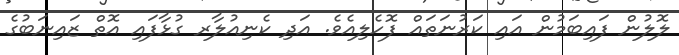
ލޮލުން ފައިބަމުން އައި ކަރުނަތައް ފޮހެލިއެވެ. އަދި ކެނިއުލާރ ގުޅާފައި އޮތް ޒައިނަބުގެ